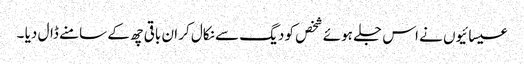
عیسائیوں نے اس جلے ہوئے شخص کو دیگ سے نکال کر ان باقی چھ کے سامنے ڈال دیا ۔